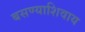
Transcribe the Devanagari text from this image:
बसण्याशिवाय